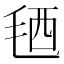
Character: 毢